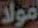
مولا